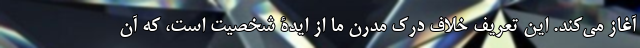
آغاز می‌کند. این تعریف خِلاف درک مدرن ما از ایدۀ شخصیت است، که آن